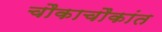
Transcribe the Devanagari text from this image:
चौकाचौकांत